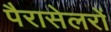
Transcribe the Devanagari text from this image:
पैरासेलरों